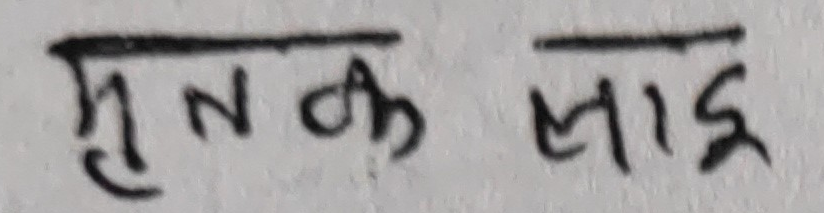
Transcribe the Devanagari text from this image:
मुतक लाई